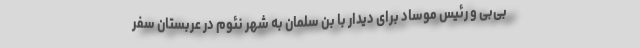
بی‌بی و رئیس موساد برای دیدار با بن سلمان به شهر نئوم در عربستان سفر